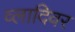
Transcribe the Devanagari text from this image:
व्लादिवर